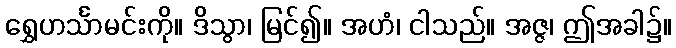
ရွှေဟင်္သာမင်းကို။ ဒိသွာ၊ မြင်၍။ အဟံ၊ ငါသည်။ အဇ္ဇ၊ ဤအခါ၌။